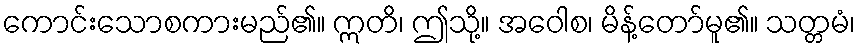
ကောင်းသောစကားမည်၏။ ဣတိ၊ ဤသို့။ အဝေါစ၊ မိန့်တော်မူ၏။ သတ္တမံ၊